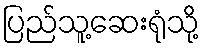
ပြည်သူ့ဆေးရုံသို့